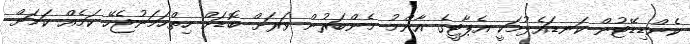
ކެންޑިޑޭޓުން ކަނޑައެޅުމަކީ އެޕާޓީގެ އާންމު މެންބަރުން ވަރަށް ބޮޑަށް ހިތްހަމަނުޖެހޭ ކަމެއް ކަމަށް